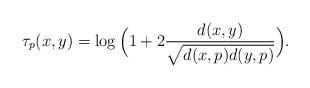
LaTeX: \begin{align*}\tau_p(x,y)=\log\Big(1+2\frac {d(x,y)}{\sqrt{d(x,p)d(y,p)}}\Big).\end{align*}